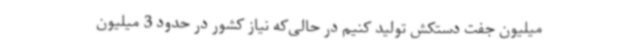
میلیون جفت دستکش تولید کنیم در حالی‌که نیاز کشور در حدود 3 میلیون